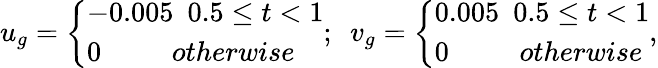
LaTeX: u_{g}=\left\{ \begin{array}{ll}{-0.005\ \ 0.5\leq t<1}\\ {0\ \ \qquad otherwise}\end{array}\right.;\ \ v_{g}=\left\{ \begin{array}{ll}{0.005\ \ 0.5\leq t<1}\\ {0\ \ \qquad otherwise}\end{array}\right.,